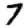
Digit: 7